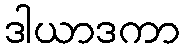
ဒါယာဒကာ